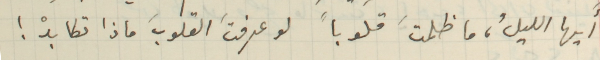
أيها الليلُ، ما ظلمتَ قلوباً لو عرفتَ القلوبَ ماذا تكابدْ!